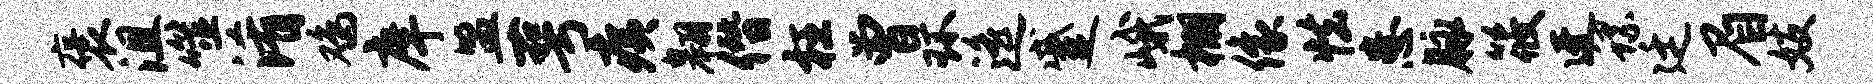
褒沮噬淆鸡庠盟萼痍翱僭枉曾环遥蹙峨棚像怯患脉筱迓螺廷眉妓